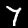
Label: 7